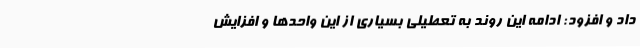
داد و افزود: ادامه این روند به تعطیلی بسیاری از این واحدها و افزایش